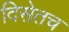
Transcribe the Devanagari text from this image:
दिसेतच